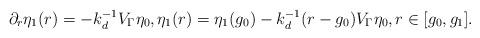
LaTeX: \begin{align*} \partial_r\eta_1(r) = -k_d^{-1}V_\Gamma\eta_0, \eta_1(r) = \eta_1(g_0)-k_d^{-1}(r-g_0)V_\Gamma\eta_0, r\in[g_0,g_1].\end{align*}